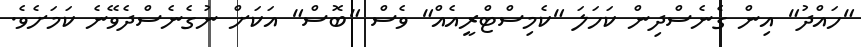
"ހައްދު" އިން ގެނެސްދިން ކަހަލަ "ކެމިސްޓްރީއެއް" ވެސް "ބޮސް" އަކަށް ނުގެނެސްދެވޭނެ ކަމަށެވެ.